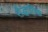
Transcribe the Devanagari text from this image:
सैद्धातिक